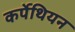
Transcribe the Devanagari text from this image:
कर्पेथियन